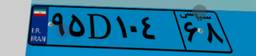
۹۵D۱۰۴۶۸